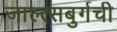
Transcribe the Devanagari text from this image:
जाल्त्सबुर्गची